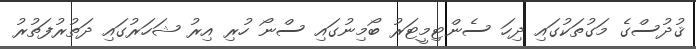
ޤުދުސްގެ މަގުތަކުގައި ދިހަ ސެންޓިމީޓަރު ބޯމިނުގައި ސްނޯ ހުރި އިރު ޝަހަރުގައި ދަތުރުފަތުރު